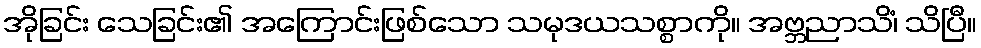
အိုခြင်း သေခြင်း၏ အကြောင်းဖြစ်သော သမုဒယသစ္စာကို။ အဗ္ဘညာသိံ၊ သိပြီ။